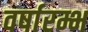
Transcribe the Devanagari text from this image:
वर्षारम्भ